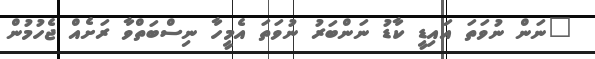
"ނަން ނުވަތަ އައިޑީ ކާޑު ނަންބަރު ނުވަތަ އެމީހާ ނިސްބަތްވާ ރަށެއް ޖެހުމުން